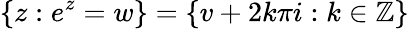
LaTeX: \left\{ z:e^{z}=w\right\} =\{ v+2k\pi i:k\in\mathbb{Z}\}